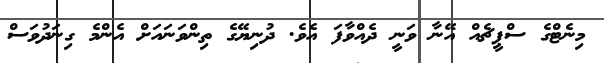
މިނެޓްގެ ސްޕީޗެއް އޭނާ ވަނީ ދެއްވާފަ އެވެ. ދުނިޔޭގެ ތިންވަނައަށް އެންމެ ގިނަދުވަސް